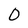
Character: 0